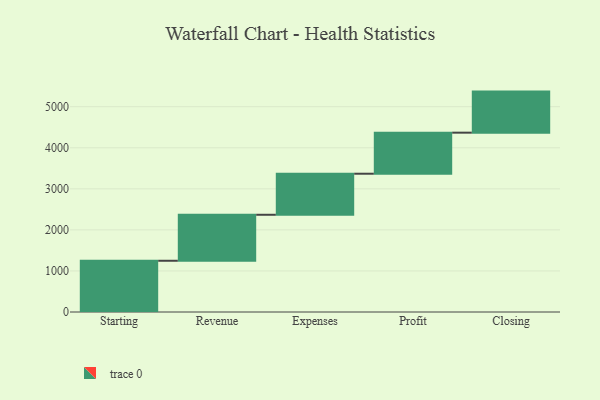
{"axis": {"x": "Step", "y": "Value"}, "legend": [""], "data": [{"x": "Starting", "y": 1248.0, "type": ""}, {"x": "Revenue", "y": 1120.0, "type": ""}, {"x": "Expenses", "y": 1000, "type": ""}, {"x": "Profit", "y": 1000, "type": ""}, {"x": "Closing", "y": 1000, "type": ""}]}